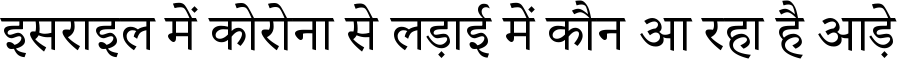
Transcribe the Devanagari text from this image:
इसराइल में कोरोना से लड़ाई में कौन आ रहा है आड़े